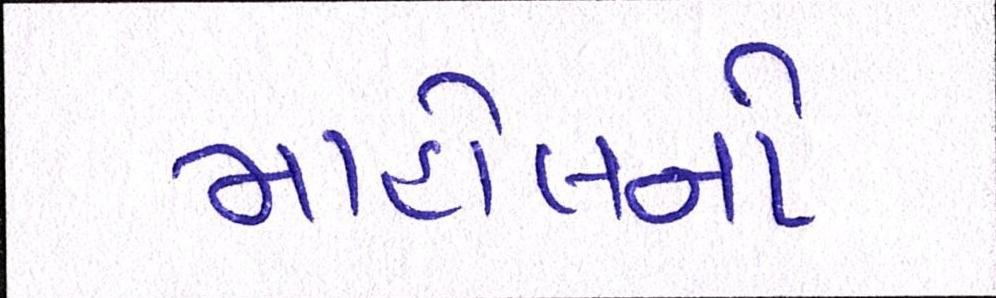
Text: માહોલનો